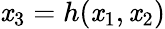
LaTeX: \mathit{x}_{3}=h(\mathit{x}_{1},\mathit{x}_{2})